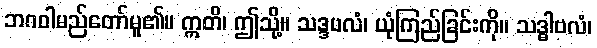
ဘဂဝါမည်တော်မူ၏။ ဣတိ၊ ဤသို့။ သဒ္ဒဗလံ၊ ယုံကြည်ခြင်းကို။ သဒ္ဓါဗလံ၊